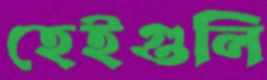
হেইগুলি